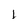
Character: l